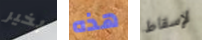
بخير هذه لإسقاط